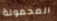
المحمولة